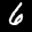
Label: 6